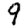
Digit: 9